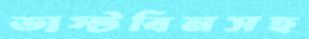
ডাস্টবিনসহ